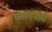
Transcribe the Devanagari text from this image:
अशमनीय